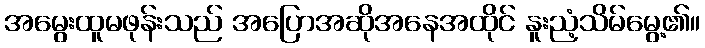
အမွေးထူမဖုန်းသည် အပြောအဆိုအနေအထိုင် နူးညံ့သိမ်မွေ့၏။